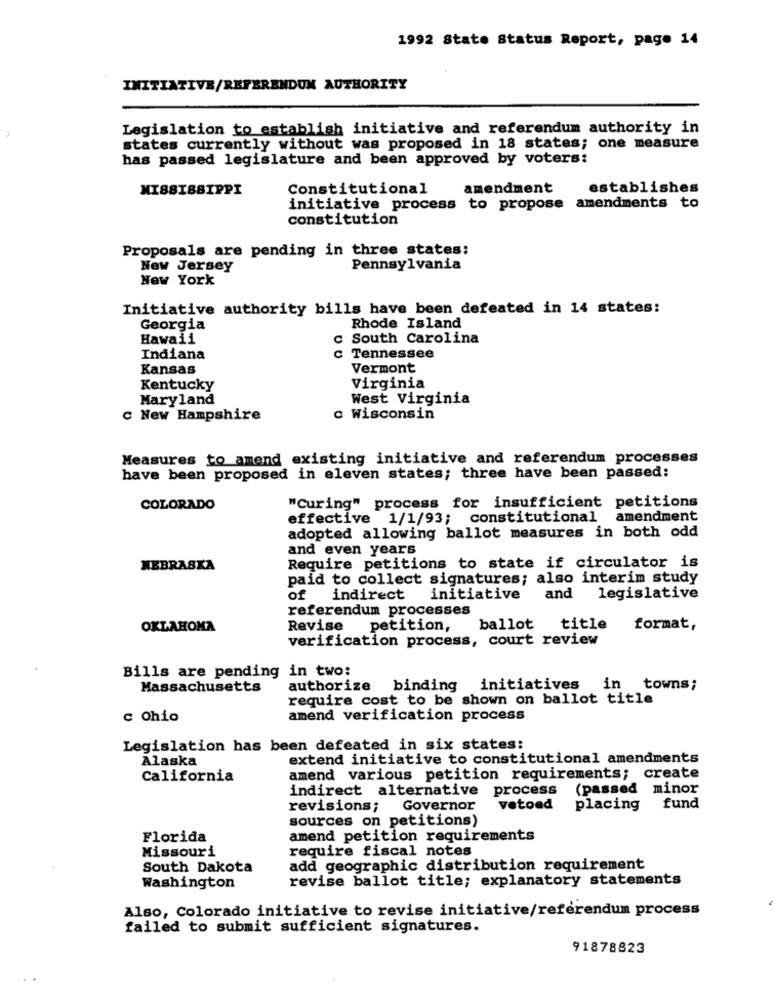
1992 State Status Report, page 14
INITIATIVE/REFERENDUM AUTHORITY
Legislation to establish initiative and referendum authority in
states currently without was proposed in 18 states; one measure
has passed legislature and been approved by voters:
MISSISSIPPI
Constitutional
amendment
establishes
initiative process to propose amendments to
constitution
Proposals are pending in three states:
New Jersey
Pennsylvania
New York
Initiative authority bills have been defeated in 14 states:
Georgia
Rhode Island
Hawaii
South Carolina
Indiana
c Tennessee
Kansas
Vermont
Kentucky
Virginia
Maryland
West Virginia
C New Hampshire
Wisconsin
Measures to amend existing initiative and referendum processes
have been proposed in eleven states; three have been passed:
"Curing" process for insufficient petitions
COLORADO
effective 1/1/93; constitutional amendment
adopted allowing ballot measures in both odd
and even years
NEBRASKA
Require petitions to state if circulator is
paid to collect signatures; also interim study
of indirect initiative
and legislative
referendum processes
OKLAHOMA
Revise
petition,
ballot
title
format,
verification process, court review
Bills are pending in two:
Massachusetts
authorize binding
initiatives
in
towns;
require cost to be shown on ballot title
c Ohio
amend verification process
Legislation has been defeated in six states:
Alaska
extend initiative to constitutional amendments
California
amend various petition requirements; create
indirect alternative process
(passed minor
revisions; Governor
vetoed
placing
fund
sources on petitions)
Florida
amend petition requirements
Missouri
require fiscal notes
South Dakota
add geographic distribution requirement
revise ballot title; explanatory statements
Washington
Also, Colorado initiative to revise initiative/referendum process
failed to submit sufficient signatures.
91878823